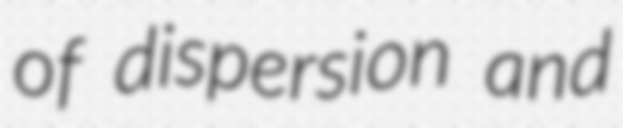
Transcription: of dispersion and